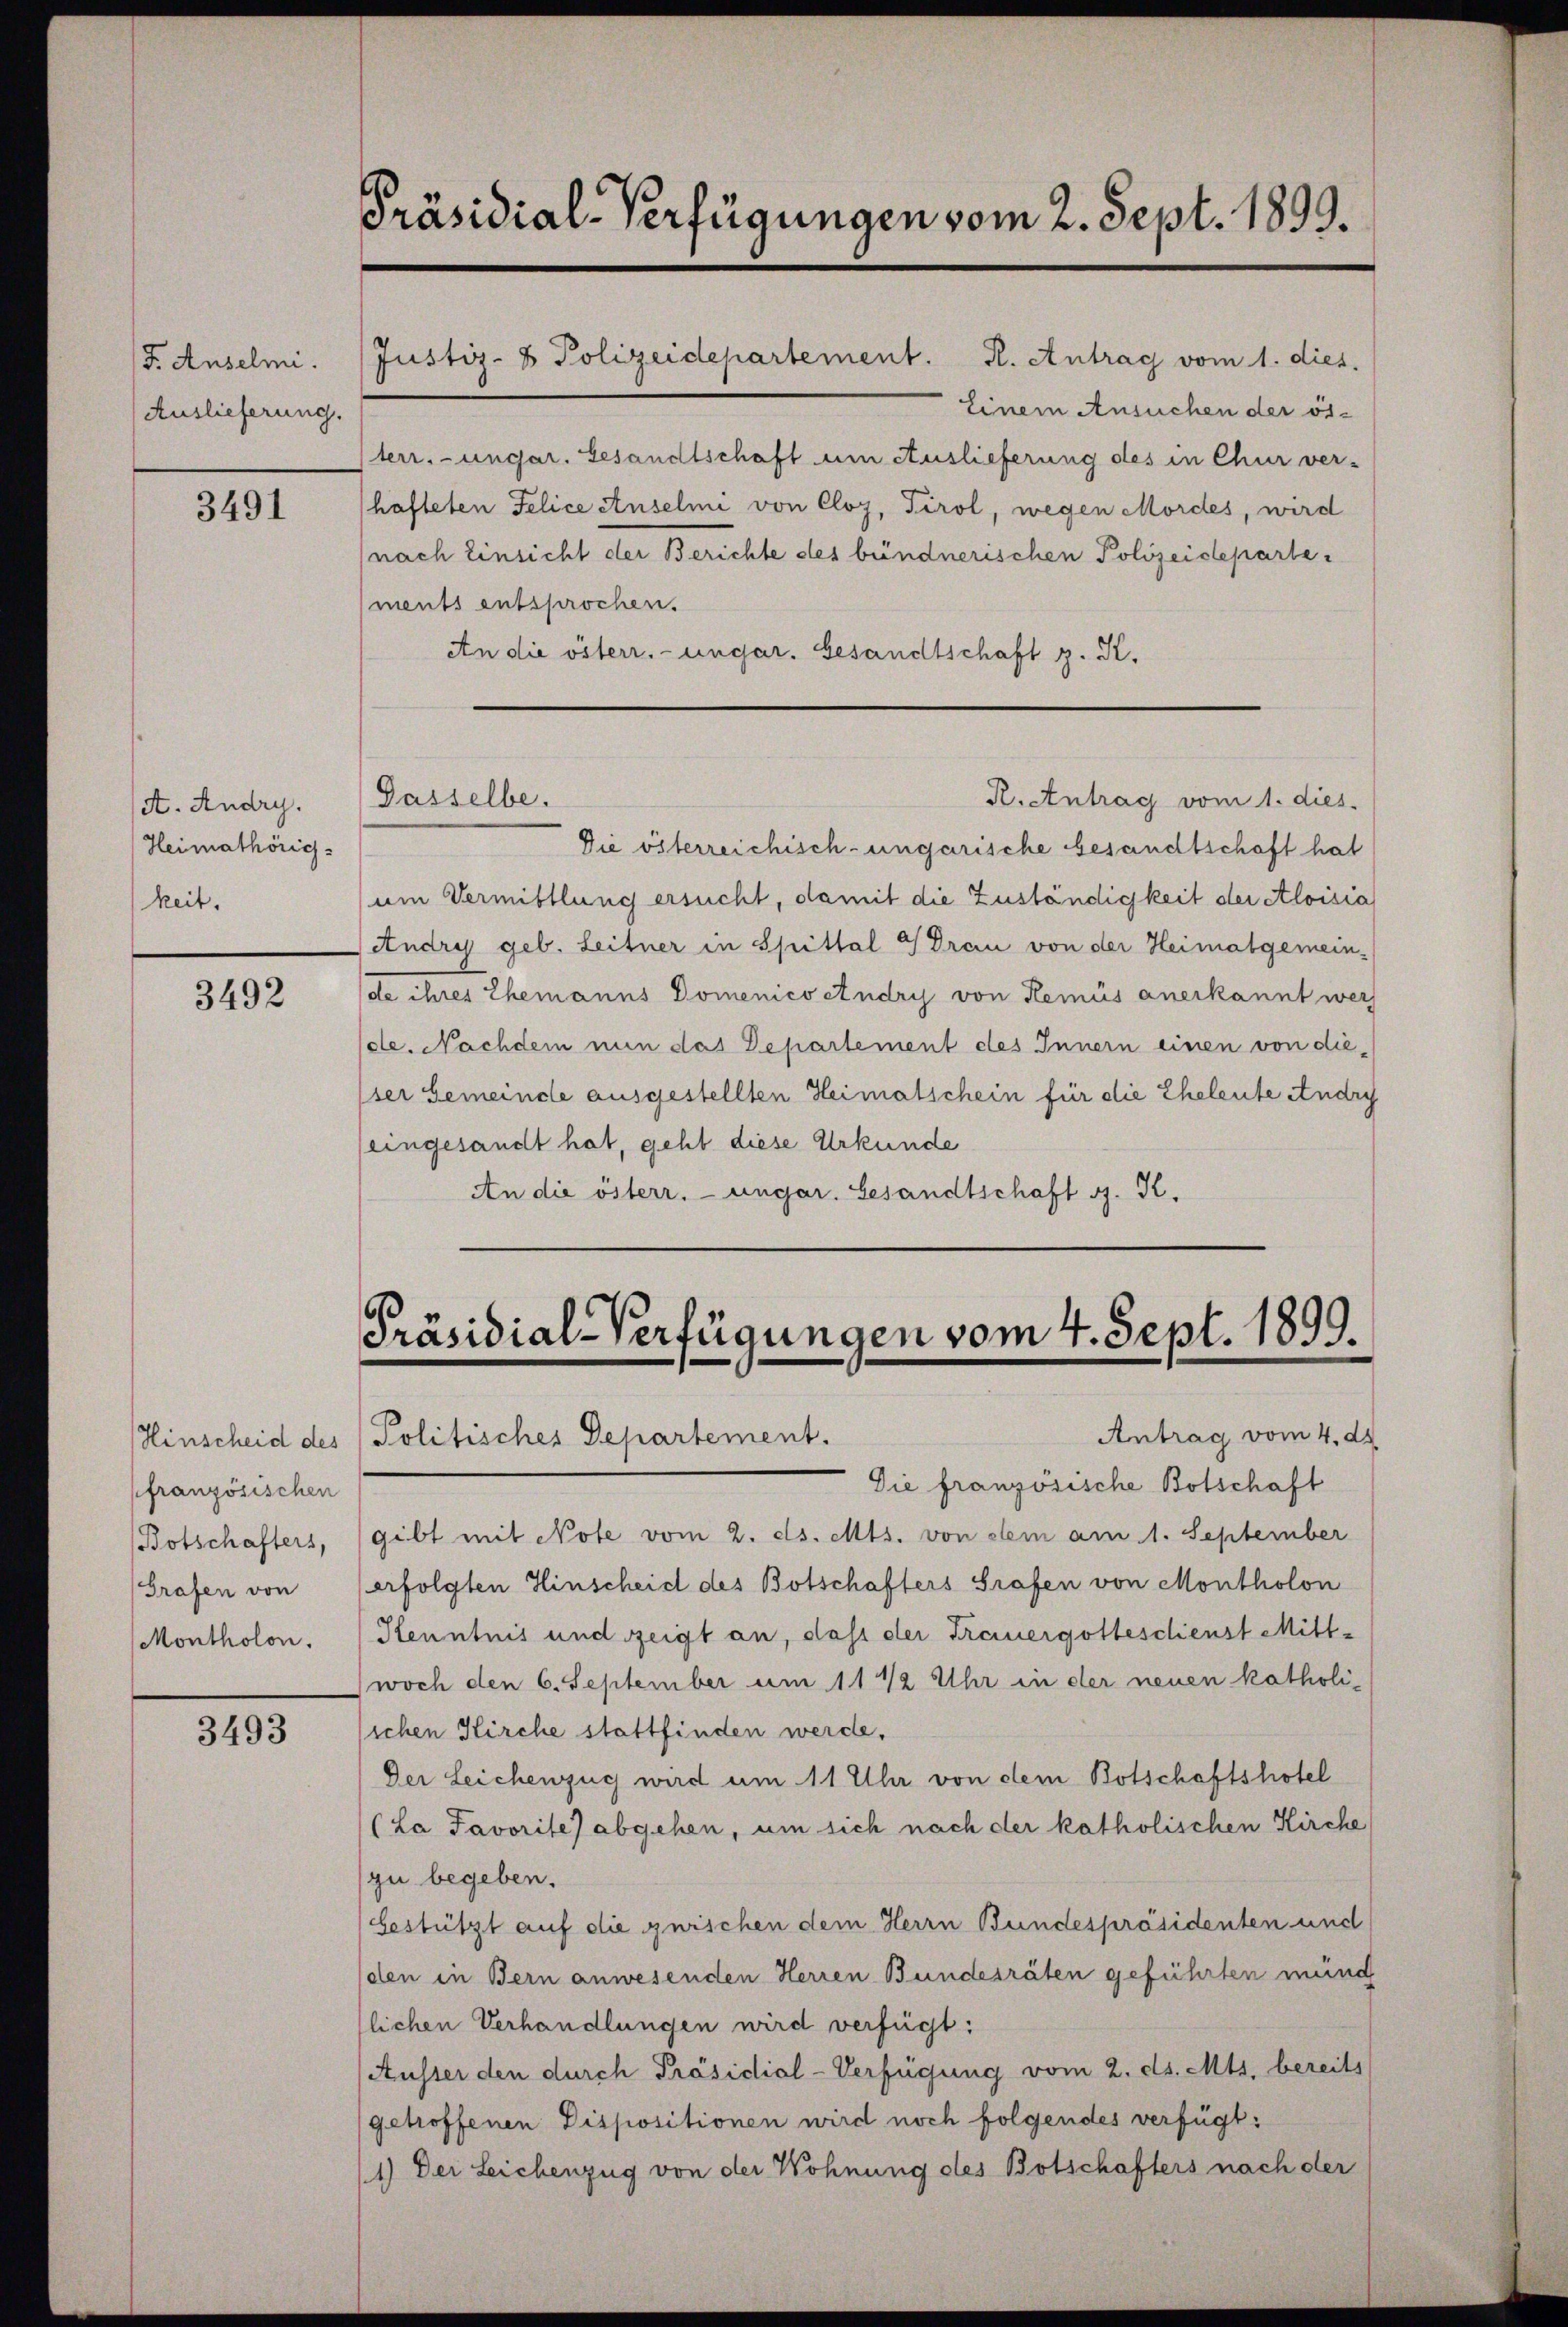
F. Anselmi.
Auslieferung.

3491

(At. Andry.
Heimathörig
keit.

3492

pfranzösischen
Botschafters,

3493

Präsidial-Verfügungen vom 2. Sept. 1899.

Einem Ansuchen der öfterr.-ungar. Gesandtschaft um Auslieferung des in Chur ver-
hafteten Felice Anselmi von Cloz, Tirol, wegen Mordes, wird
(nach Einsicht der Berichte des bündnerischen Polizeidepartements entsprochen.
An die österr. ungar. Gesandtschaft z. K.

Justiz- & Polizeidepartement. R. Antrag vom 1. dies.

Dasselbe.

Die österreichisch-ungarische besandtschaft hat
um Vermittlung ersucht, damit die Zuständigkeit der Aloisia
Andry geb. Leitner in Spittal & Drau von der Heimatgemein-
de ihres Ehemanns Domenicoetudry von Hemis anerkannt wer
(de. Nachdem nun das Departement des Innern einen von die¬
(ser Gemeinde ausgestellten Heimatschein für die Eheleute Andry
(eingesandt hat, geht diese Urkunde
An die österr. ungar. Gesandtschaft G. K.

Präsidial-Verfügungen vom 4. Sept. 1899.
Antrag vom 4. d.
Hinscheid des Politisches Departement.

Die französische Botschaft
gibt mit Note vom 2. ds. Mts. von dem am 1. September
Grafen von Verfolgten Hinscheid des Botschafters Grafen von Montholon
(Montholon. Kenntnis und zeigt an, dass der Treuergotteschienst Mittwoch den 6. September um 11 1/2 Uhr in der neuen katholisichen Kirche stattfinden werde.
Der Leichenzug wird um 11 Uhr von dem Botschaftshotel
(La Favorite) abgehen, um sich nach der katholischen Kirche
(zu begeben.
bestützt auf die zwischen dem Herrn Bundespräsidenten und
den in Bern anwesenden Herren Bundesräten geführten mund
flichen Verhandlungen wird verfügt:
(Ausser den durch Präsidial-Verfügung vom 2. ds. Mts. bereits
getroffenen Dispositionen wird noch folgendes verfügt:
(1) Der Leichenzug von der Wohnung des Botschafters nach der

R. Antrag vom 1. dies